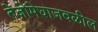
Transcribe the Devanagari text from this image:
तेजोमेघाजवळील